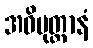
အဓိမုတ္တာနံ